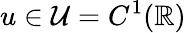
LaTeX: u\in\mathcal{U}=C^{1}(\mathbb{R})